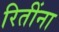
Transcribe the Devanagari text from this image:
रितींना